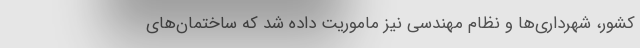
کشور، شهرداری‌ها و نظام مهندسی نیز ماموریت داده شد که ساختمان‌های